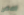
اسعى